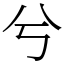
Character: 兮